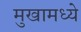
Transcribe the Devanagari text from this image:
मुखामध्ये